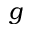
g